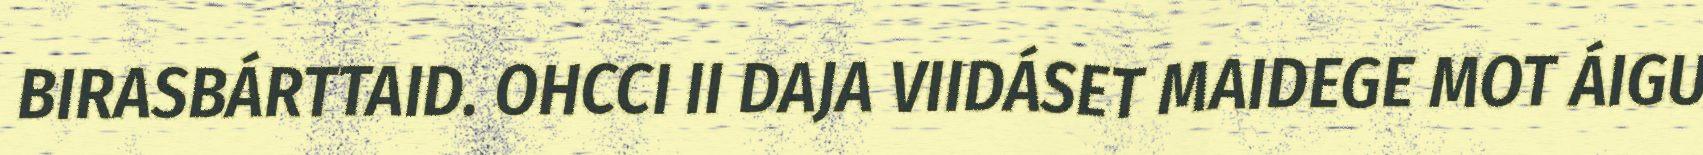
BIRASBÁRTTAID. OHCCI II DAJA VIIDÁSET MAIDEGE MOT ÁIGU